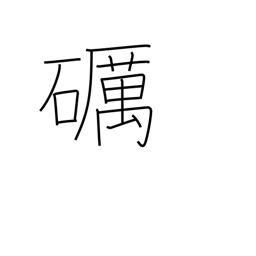
Meaning: polish